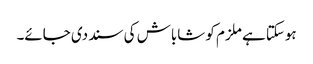
ہوسکتا ہے ملزم کو شاباش کی سند دی جائے۔